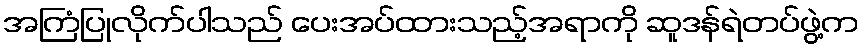
အကြံပြုလိုက်ပါသည် ပေးအပ်ထားသည့်အရာကို ဆူဒန်ရဲတပ်ဖွဲ့က